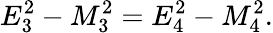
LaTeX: E_{3}^{2}-M_{3}^{2}=E_{4}^{2}-M_{4}^{2}.